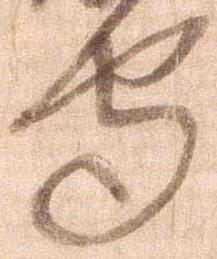
守